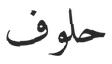
حلوف